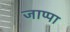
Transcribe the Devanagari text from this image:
जाप्पा